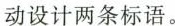
动设计两条标语。